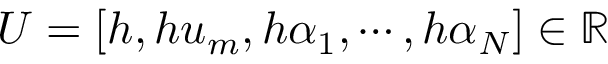
U = [ h , h u _ { m } , h \alpha _ { 1 } , \cdots , h \alpha _ { N } ] \in \mathbb { R }